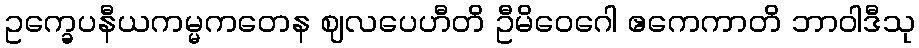
ဥက္ခေပနီယကမ္မကတေန ဈလပေဟီတိ ဦမိဝေဂေါ ဧကေကာတိ ဘာဝါဒီသု